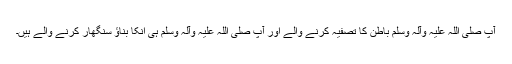
آپ صلی اللہ علیہ وآلہٖ وسلم باطن کا تصفیہ کرنے والے اور آپ صلی اللہ علیہ وآلہٖ وسلم ہی انکا بناؤ سنگھار کرنے والے ہیں۔